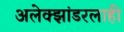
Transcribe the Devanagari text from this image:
अलेक्झांडरलाही